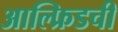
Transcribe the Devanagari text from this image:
आल्फ्रिडची